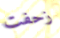
زحفت